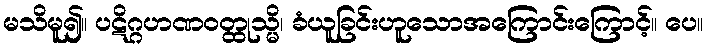
မသိမူ၍။ ပဋိဂ္ဂဟဏဝတ္ထုသ္မိ၊ ခံယူခြင်းဟူသောအကြောင်းကြောင့်။ ပေ။